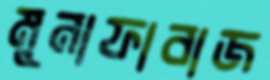
মুনাফাবাজ